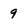
Character: 9